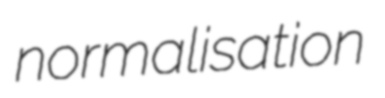
normalisation